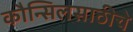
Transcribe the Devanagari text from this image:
कौन्सिलसाठीचे